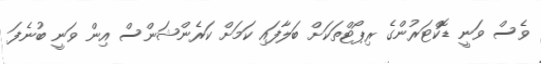
ވެސް ވަނީ ޑޮކްޓަރުންގެ ރިޕޯޓްތަކަށް ބަލާފައި ކަމަށް ކަރެންޝަންސް އިން ވަނީ ބުނެފަ